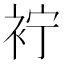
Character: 䘢